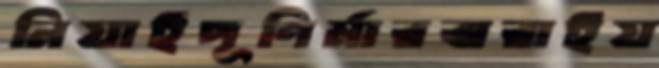
নিয়াইপূণির্মারঝরাইয়